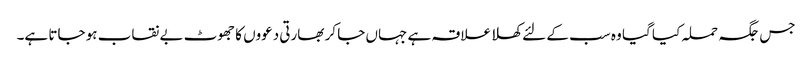
جس جگہ حملہ کیا گیا وہ سب کے لئے کھلا علاقہ ہے جہاں جا کر بھارتی دعووں کا جھوٹ بے نقاب ہو جاتا ہے۔